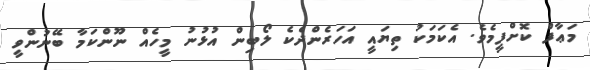
މަޢާފް ކޮށްފީމެވެ. އެކަމަކު ތިޔައީ އަހަރެންދެކެ ލޯބިން އުޅުނު މީހެއް ނޫންކަމާ ބޭނުންވީ